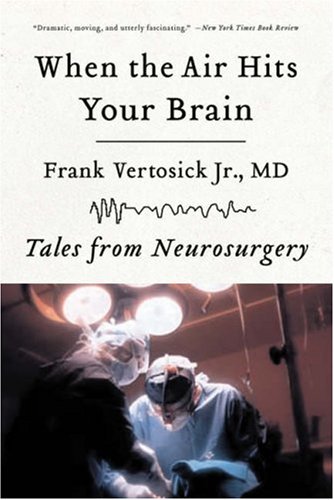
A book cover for When the Air Hits Your Brain: Tales from Neurosurgery; Frank T. Vertosick Jr.; Medical Books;